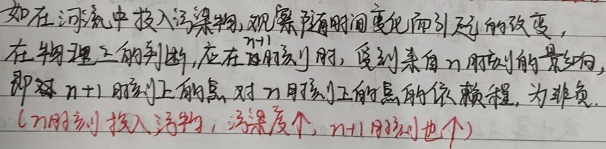
如在河流中投入污染物，观察其随时间变化而引起的改变。在物理上的判断，应在\(t\)时刻，受到来自\(t\)时刻的影响，即对\(t + 1\)时刻上的点，对\(t\)时刻上的点的依赖程度，为非负。（\(t\)时刻投入污物，污染度\(x\)个，\(t + 1\)时刻\(y\)个）